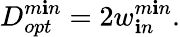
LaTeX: D_{opt}^{m\mathbf{i}n}=2w_{\mathbf{i}n}^{m\mathbf{i}n}.